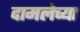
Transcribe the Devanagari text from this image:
दामलेच्या